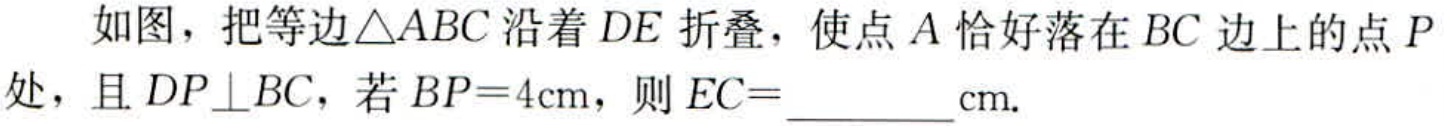
如图，把等边$\triangle ABC$沿着$DE$折叠，使点$A$恰好落在$BC$边上的点$P$处，且$DP\perp BC$，若$BP = 4\mathrm{cm}$，则$EC = \_\_\_\_\_\_\mathrm{cm}.$